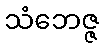
သံဘေဇ္ဇ